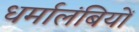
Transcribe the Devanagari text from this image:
धर्मालंबियों